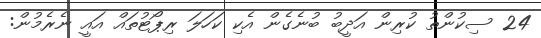
24 ސިކުންތު ކުރިން އަދީބު ބުނެގެން އެކި ކަހަލަ ރިޕޯޓުތައް އައީ ނެރެމުން: